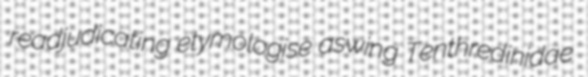
readjudicating etymologise aswing Tenthredinidae